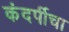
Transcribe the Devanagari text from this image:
कंदर्पीचा